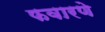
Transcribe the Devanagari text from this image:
फवारणे